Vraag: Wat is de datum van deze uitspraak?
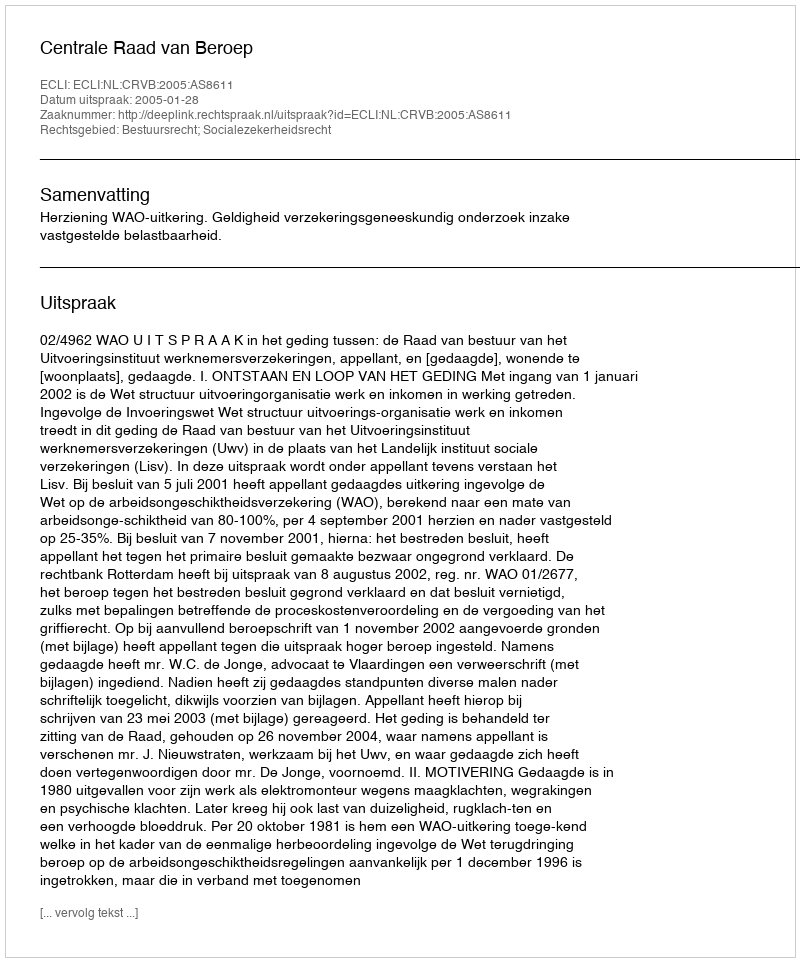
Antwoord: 2005-01-28